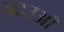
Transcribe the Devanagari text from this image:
बदउआँ